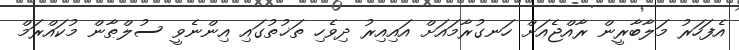
އެފަހަރު މަލާބާރީން ރާއްޖެއަށް ހަނގުރާމައަށް އައިއިރު ދިވެހި ތަޚުތުގައި އިންނެވީ ސުލްޠާން މުކައްރަމް